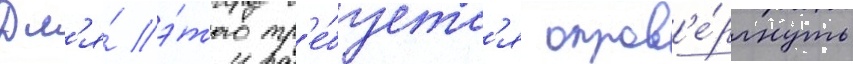
Дл'я́ э́того тр'е́буетс'я опров'е́ргнуть